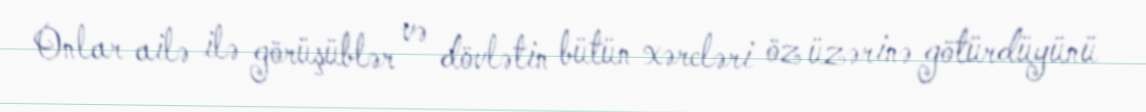
Onlar ailə ilə görüşüblər və dövlətin bütün xərcləri öz üzərinə götürdüyünü